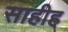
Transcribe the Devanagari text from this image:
साहीह